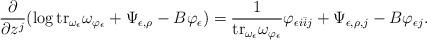
LaTeX: \begin{align*}\frac{\partial}{\partial z^j}(\log {\rm tr}_{\omega_{\epsilon}} \omega_{\varphi_{\epsilon}}+\Psi_{\epsilon,\rho}-B \varphi_{\epsilon})=\frac{1}{{\rm tr}_{\omega_{\epsilon}}\omega_{\varphi_{\epsilon}}} \varphi_{\epsilon i \bar{i} j}+\Psi_{\epsilon, \rho,j}-B\varphi_{\epsilon j}.\end{align*}